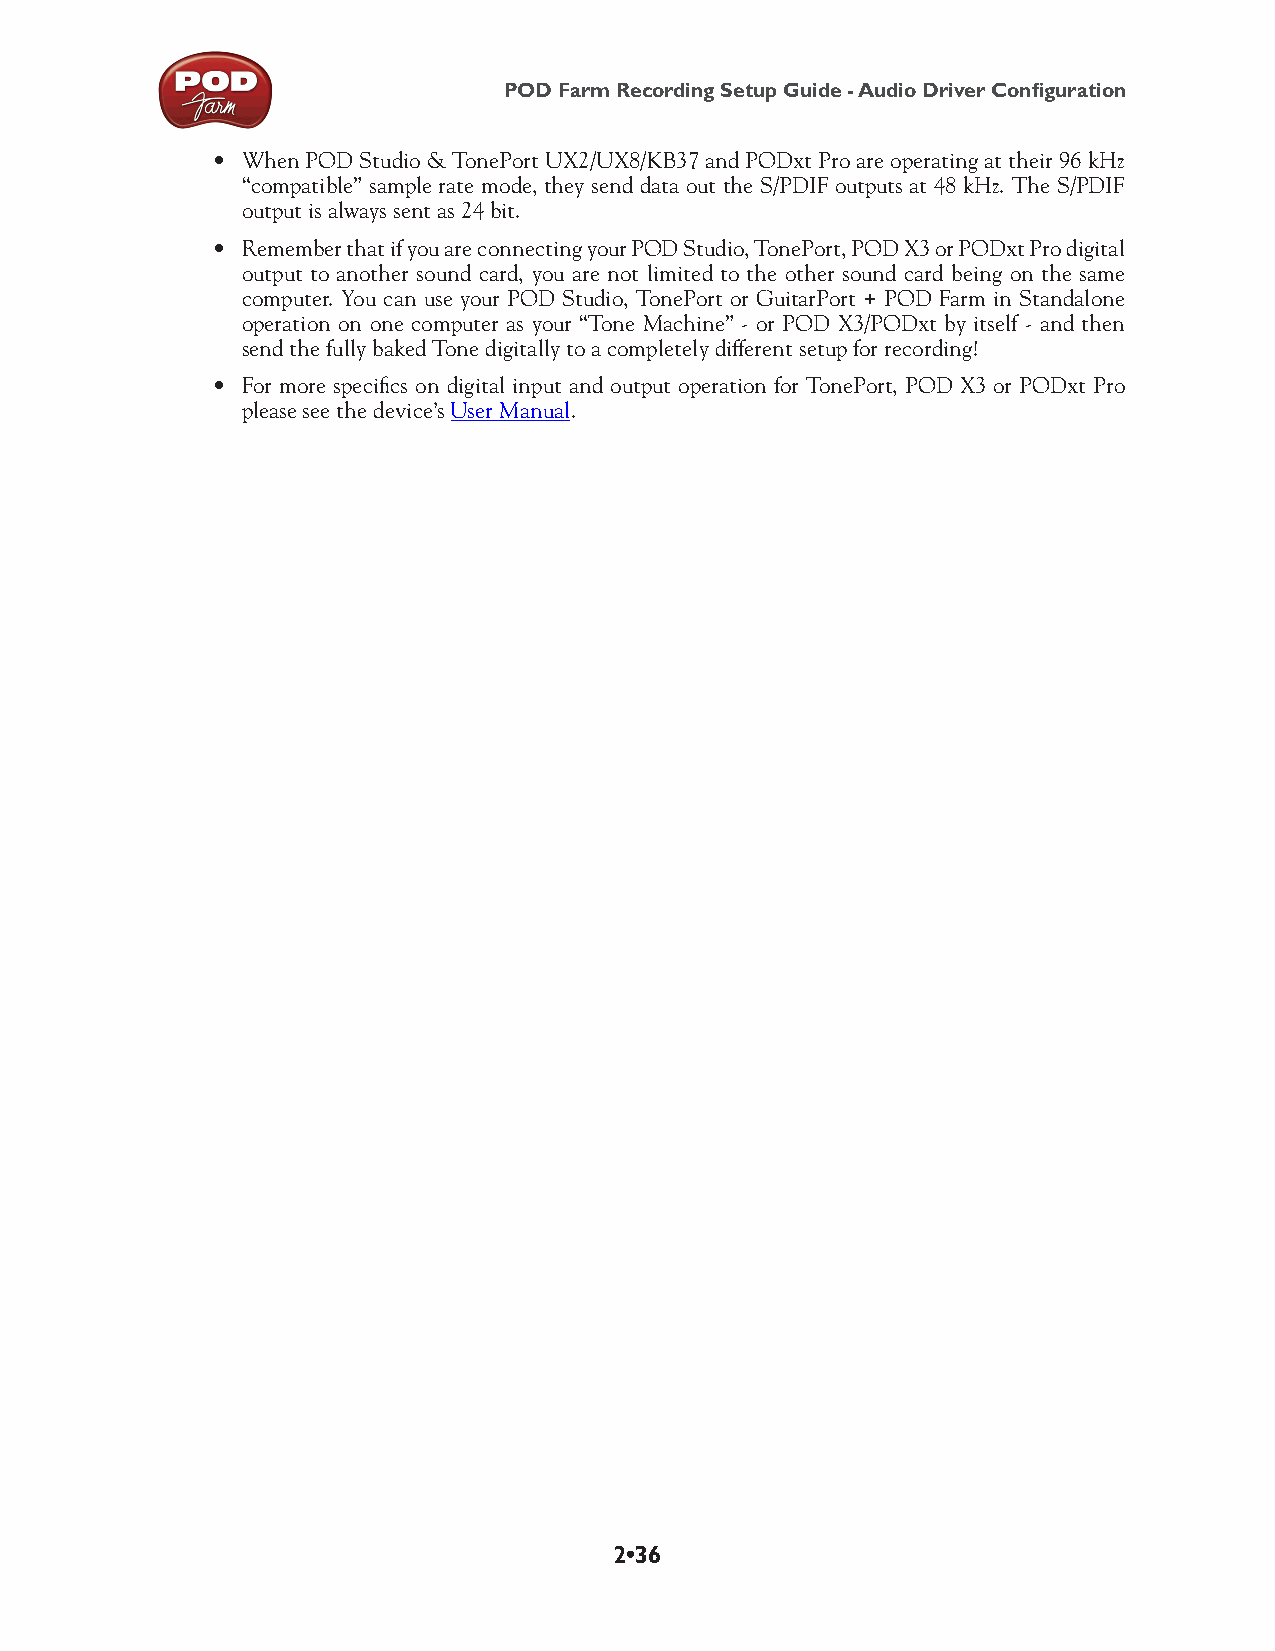
POD Farm Recording Setup Guide - Audio Driver Configuration
 • When POD Studio & TonePort UX2/UX8/KB37 and PODxt Pro are operating at their 96 kHz
 “compatible” sample rate mode, they send data out the S/PDIF outputs at 48 kHz. The S/PDIF
 output is always sent as 24 bit.
 • Remember that if you are connecting your POD Studio, TonePort, POD X3 or PODxt Pro digital
 output to another sound card, you are not limited to the other sound card being on the same
 computer. You can use your POD Studio, TonePort or GuitarPort + POD Farm in Standalone
 operation on one computer as your “Tone Machine” - or POD X3/PODxt by itself - and then
 send the fully baked Tone digitally to a completely different setup for recording!
 • For more specifics on digital input and output operation for TonePort, POD X3 or PODxt Pro
 please see the device’s User Manual.
 2•36